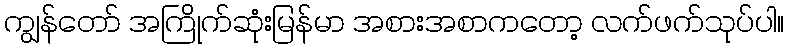
ကျွန်တော် အကြိုက်ဆုံးမြန်မာ အစားအစာကတော့ လက်ဖက်သုပ်ပါ။